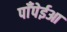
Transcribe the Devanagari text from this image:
पाँपेईआ